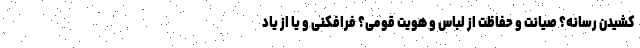
کشیدن رسانه؟ صیانت و حفاظت از لباس و هویت قومی؟ فرافکنی و یا از یاد